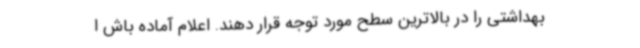
بهداشتی را در بالاترین سطح مورد توجه قرار دهند. اعلام آماده باش ا